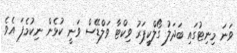
ވަނަ މިނިޓުގައި ބަަދަލު ގޯލްކީޕަރު ވިކްޓާ ވަލްޑޭސް ވަނީ ކުޅެން ނިކުމެފަ އެވެ.